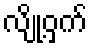
လျို့ဝှက်